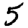
Digit: 5